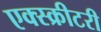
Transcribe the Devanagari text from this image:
एक्स्क्रीटरी